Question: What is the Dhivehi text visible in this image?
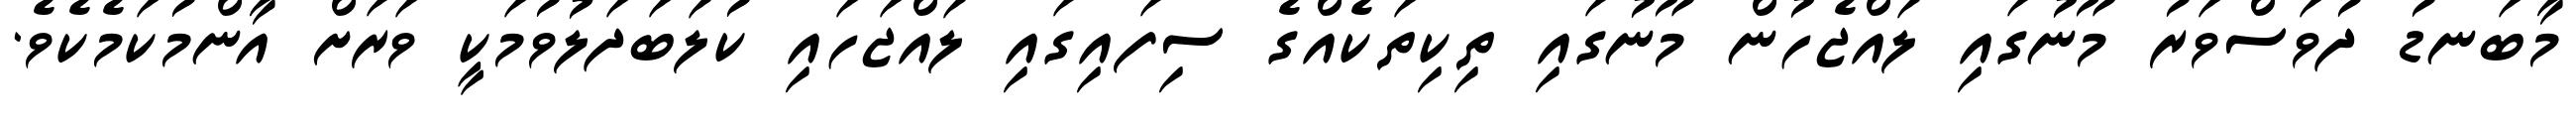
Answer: މާބަނޑު ދުވަސްވަރު މޫނުގައި ލައްޖެހުން މޫނުގައި ތިކިތަކެއްގެ ސިފައިގައި ލައްޖަހައި ކުލަބަދަލުވުމަކީ ވަރަށް އާންމުކަމެކެވެ.